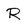
Character: R